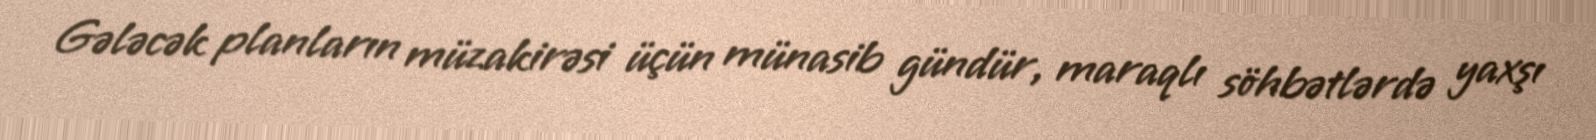
Gələcək planların müzakirəsi üçün münasib gündür, maraqlı söhbətlərdə yaxşı